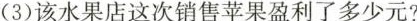
(3)该水果店这次销售苹果盈利了多少元?